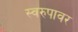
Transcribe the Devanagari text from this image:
स्वरुपावर